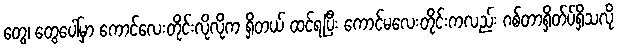
တွေ၊ တွေပေါ်မှာ ကောင်လေးတိုင်းလိုလိုက ရှိတယ် ထင်ရပြီး ကောင်မလေးတိုင်းကလည်း ဂစ်တာရှိတ်ပ်ရှိသလို